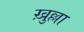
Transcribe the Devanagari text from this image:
ख़ुल्ला